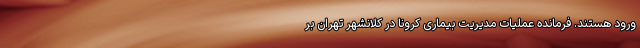
ورود هستند. فرمانده عملیات مدیریت بیماری کرونا در کلانشهر تهران بر